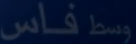
فاس وسط